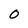
Character: O